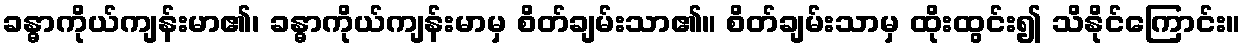
ခန္ဓာကိုယ်ကျန်းမာ၏၊ ခန္ဓာကိုယ်ကျန်းမာမှ စိတ်ချမ်းသာ၏။ စိတ်ချမ်းသာမှ ထိုးထွင်း၍ သိနိုင်ကြောင်း။